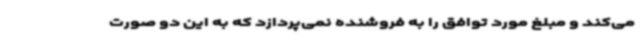
می‌کند و مبلغ مورد توافق را به فروشنده نمی‌پردازد که به این دو صورت